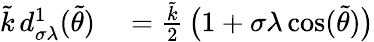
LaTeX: \begin{array}{rl}{\tilde{k}\, d_{\sigma\lambda}^{1}(\tilde{\theta})}&{{}=\frac{\tilde{k}}{2}\, \big(1+\sigma\lambda\cos(\tilde{\theta})\big)}\end{array}